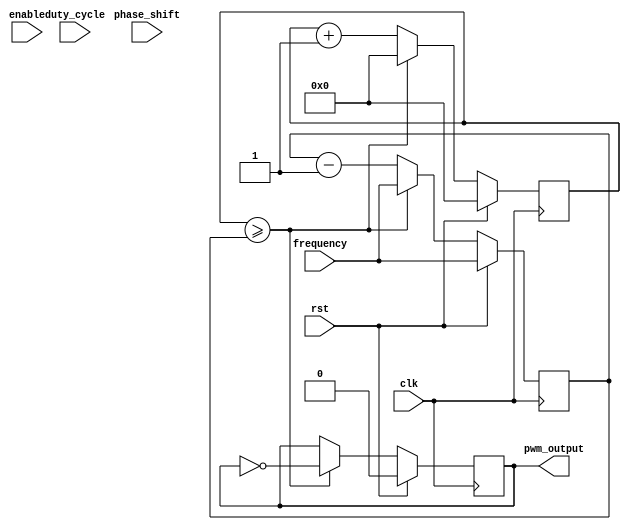
module PWM_Pulse_Generator(
    input wire clk, // external clock signal
    input wire rst, // reset signal
    input wire enable, // enable signal
    input wire [7:0] duty_cycle, // adjustable duty cycle
    input wire [7:0] frequency, // adjustable frequency
    input wire [7:0] phase_shift, // adjustable phase shift
    output reg pwm_output
);

reg [15:0] counter;
reg [7:0] threshold;

always @(posedge clk) begin
    if (rst) begin
        counter <= 16'b0;
        threshold <= frequency;
        pwm_output <= 1'b0;
    end else begin
        if (counter >= threshold) begin
            counter <= 16'b0;
            pwm_output <= ~pwm_output;
            threshold <= frequency;
        end else begin
            counter <= counter + 1;
            threshold <= threshold - 1;
        end
    end
end

endmodule